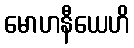
မောဟနီယေဟိ